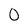
Character: 0